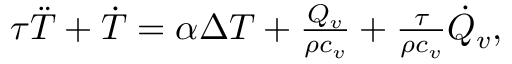
\begin{array} { r } { \tau \ddot { T } + \dot { T } = \alpha \Delta T + \frac { Q _ { v } } { \rho c _ { v } } + \frac { \tau } { \rho c _ { v } } \dot { Q } _ { v } , } \end{array}